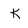
Character: k